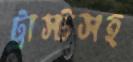
ট্রাস্টসহ